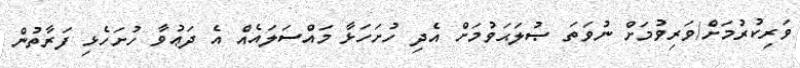
ވަރިކުރުމަށް/ވަރިވުމަށް ނުވަތަ ޞުލަޙަވުމަށް އެދި ހުށަހަޅާ މައްސަލައެއް އެ ދަޢުވާ ހުށަހެޅި ފަރާތުން